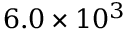
6 . 0 \times 1 0 ^ { 3 }